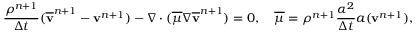
\frac { \rho ^ { n + 1 } } { \Delta t } ( \overline { { \mathbf v } } ^ { n + 1 } - \mathbf v ^ { n + 1 } ) - \nabla \cdot ( \overline { { \mu } } \nabla \overline { { \mathbf v } } ^ { n + 1 } ) = \boldsymbol { 0 } , \quad \overline { { \mu } } = \rho ^ { n + 1 } \frac { \alpha ^ { 2 } } { \Delta t } a ( \mathbf v ^ { n + 1 } ) ,